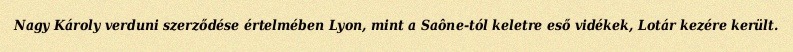
Nagy Károly verduni szerződése értelmében Lyon, mint a Saône-tól keletre eső vidékek, Lotár kezére került.